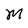
Character: M